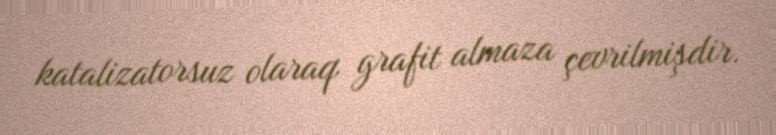
katalizatorsuz olaraq grafit almaza çevrilmişdir.